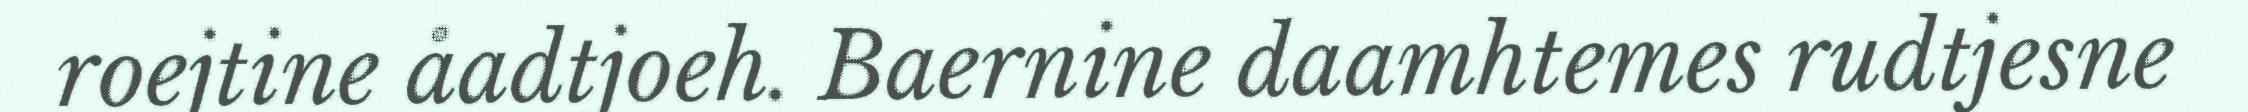
roejtine åadtjoeh. Baernine daamhtemes rudtjesne